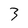
Character: 3